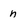
Character: n